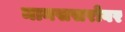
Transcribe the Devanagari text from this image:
मानससरोवर